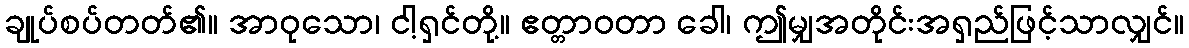
ချုပ်စပ်တတ်၏။ အာဝုသော၊ ငါ့ရှင်တို့။ ဧတ္တာဝတာ ခေါ၊ ဤမျှအတိုင်းအရှည်ဖြင့်သာလျှင်။